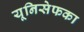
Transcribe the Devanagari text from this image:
यूनिसेफका